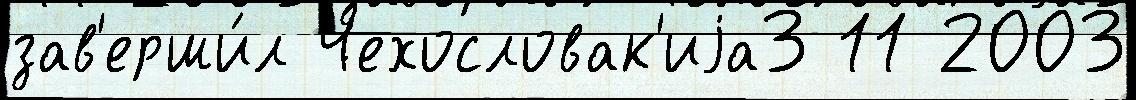
зав'ерши́л Чехословак'иjа3 11 2003